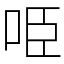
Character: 𠱸